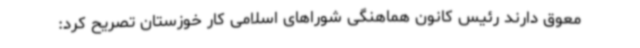
معوق دارند رئیس کانون هماهنگی شوراهای اسلامی کار خوزستان تصریح کرد: